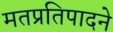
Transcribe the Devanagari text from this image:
मतप्रतिपादने